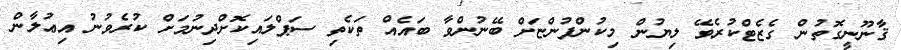
ޤާނޫނީގޮތުން ގެޒެޓްކުރެވޭ ލިޔުން މިކުންފުންޏަށް ބޭނުންވާ ބައެއް ތަކެތި ސަޕްލައިކޮށްދިނުމަށް ކުރެވުނު އިޢުލާން